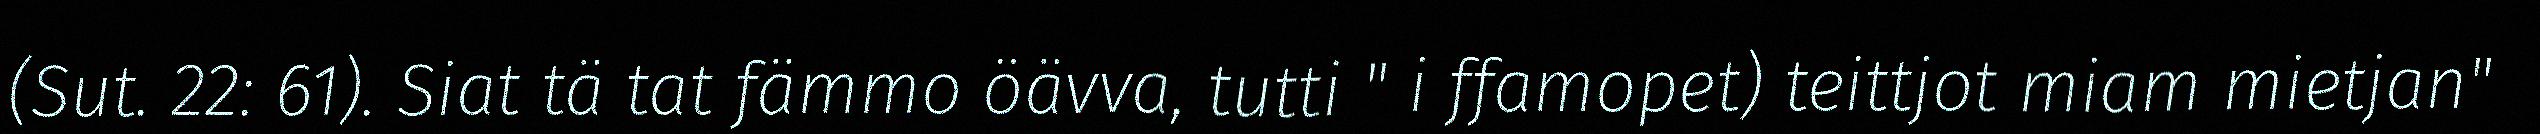
(Sut. 22: 61). Siat tä tat fämmo öävva, tutti " i ffamopet) teittjot miam mietjan"